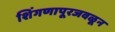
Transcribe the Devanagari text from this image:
शिंगणापूरजवळून